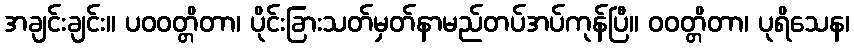
အချင်းချင်း။ ပဝဝတ္တိတာ၊ ပိုင်းခြားသတ်မှတ်နာမည်တပ်အပ်ကုန်ပြီ။ ဝဝတ္တိတာ၊ ပုရိသေန၊